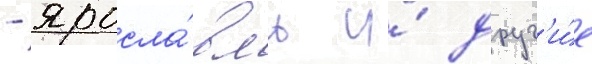
- яросла́вль и́ друг'и́е